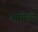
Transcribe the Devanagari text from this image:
बानोली